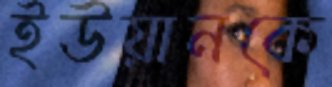
ইউয়ানকে